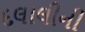
દલાલીની